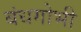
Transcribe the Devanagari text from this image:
बंधगोभी